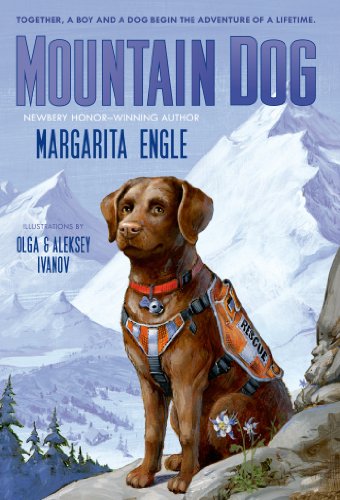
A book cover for Mountain Dog; Margarita Engle; Children's Books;